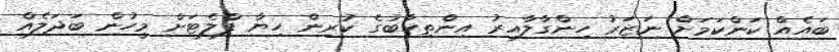
ބައެއް ކަންކަމަށް ނަޒަރު ހިންގާލާއިރު އިންތިހާބުގެ ކުރިން ހިޔާ ފްލެޓަށް މީހުން ބަދަލެއް